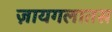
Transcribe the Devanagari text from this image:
ज़ायगलातस